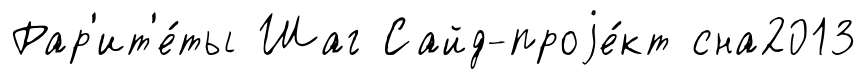
Рар'ит'е́ты Шаг Сайд-проjе́кт сна2013